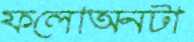
ফলোঅনটা